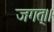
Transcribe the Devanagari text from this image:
जगत्।।